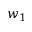
w _ { 1 }